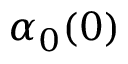
\alpha _ { 0 } ( 0 )